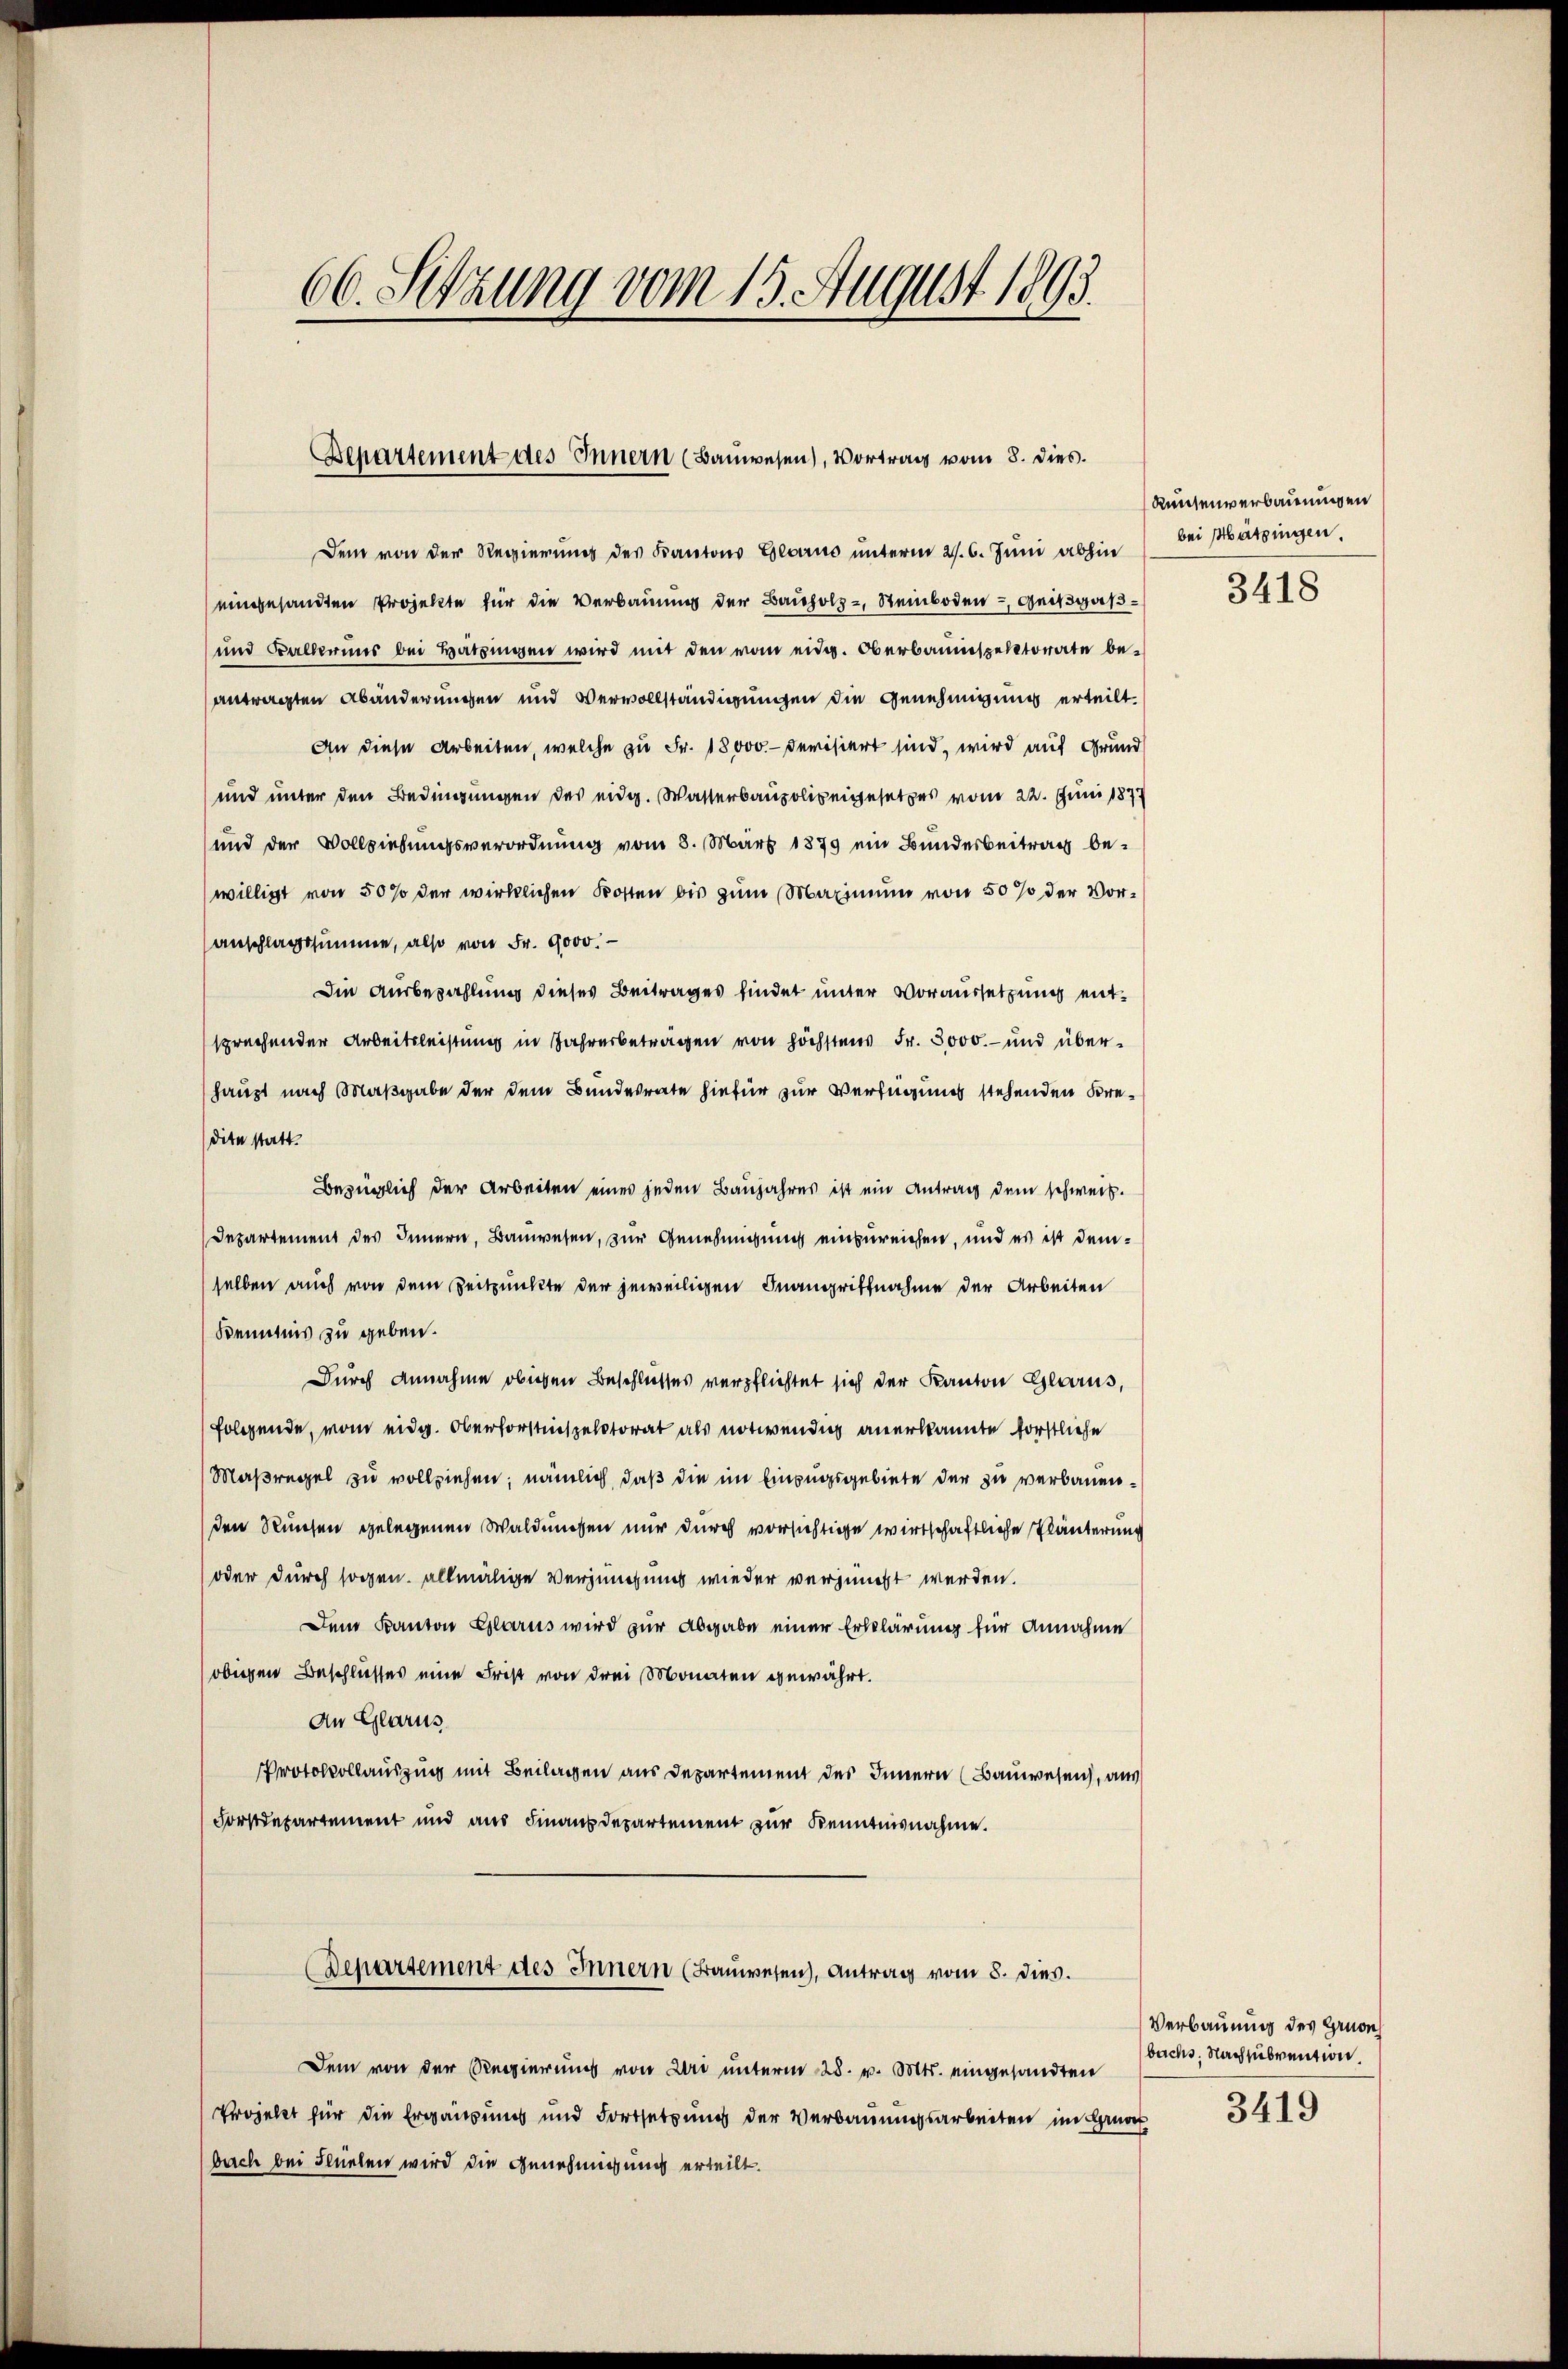
66. Setzung vom 15. August 1893

Bepartement des Innern (Bauwesen), Vortrag vom 8. dies.

Dem von der Regierung des Kantons Glarus unterm 21. 6. Juni abhin
eingesandten Projekte für die Verbauung der Bauholz- Steinboden – Geißgas¬
und Ballerins bei Hatzingen wird mit den vom eidg. Oberbauinspektorate beantragten Abänderungen und Vervollständigungen die Genehmigung erteilt.
An diese Arbeiten, welche zu Fr. 18000.- derisiert sind, wird auf Grund
und unter den Bedingungen des eidg. Wasserbaupolizeigesetzes vom 22. Juni 1877
und der Vollziehungsverordnung vom 8. März 1879 ein Bundesbeitrag bewilligt von 50 % der wirklichen Kosten bis zum Maximum von 50 % der Voranschlagssumme, also von Fr. 9000.
Die Ausbezahlung dieses Beitrages findet unter Voraussetzung entsprechender Arbeitsleistung in Jahrerbetragen von höchstens Fr. 5000.- und überhaupt nach Maßgabe der dem Bundesrate hiefür zur Verfügung stehenden Bredite statt.
Bezüglich der Arbeiten eines jeden Baujahres ist ein Antrag dem schweiz.
Departement des Innern, Bauwesen, zur Genehmigung einzureichen, und es ist demselben auch von dem Zeitpunkte der jeweiligen Inangriffnahme der Arbeiten
Kenntnis zu geben.
Durch Annahme obigen Beschlusses verpflichtet sich der Kanton Glarus,
folgende, vom eidg. Oberforstinspectorat als notwendig anerkannte förstliche
Maßregel zu vollziehen; nämlich, daß die im Einzugsgebiete der zu verbauenden Runsen gelegenen Waldungen nur durch vorsichtige wirtschaftliche Pläuterung
oder durch sogen allmälige Verjüngung wieder verjüngt werden.
Dem Kanton Glarus wird zur Abgabe einer Erklärung für Annahme
obigen Beschliesses eine Frist von drei Monaten gewährt.
An Glarus
Protokollauszug mit Beilagen aus Departement des Innern (Bauwesen, aus
Forstdepartement und aus Finanzdepartement zur Kenntnisnahme.
Departement des Innern (Frauwesen, Antrag vom 8. dies.
Dem von der Regierung von Uri unterm 28. v. Mts. eingesandten
Vrojekt für die Ergänzung und Fortsetzung der Verbauungsarbeiten im Gros
bach bei Flüelen wird die Genehmigung erteilt.

Runsenverbauungen
bei Mätzingen.

3418

Verbauung des Gruen
buchs. Nachsubvention.
3419